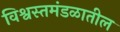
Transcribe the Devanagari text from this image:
विश्वस्तमंडळातील